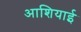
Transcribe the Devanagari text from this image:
आशियाई